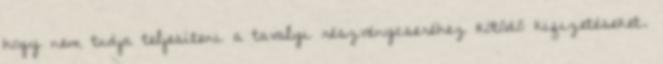
hogy nem tudja teljesíteni a tavalyi részvénycseréhez kötődő kifizetéseket.